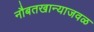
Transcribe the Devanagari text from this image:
नौबतखान्याजवळ